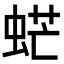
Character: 𧋽